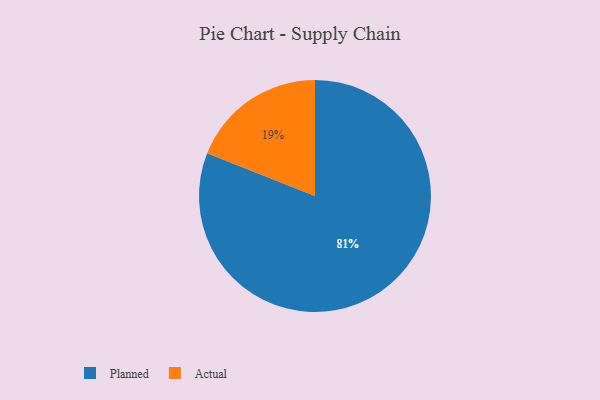
{"axis": {"x": "Category", "y": "Percentage"}, "legend": ["Actual", "Planned"], "data": [{"x": "Actual", "y": 19, "type": "Actual"}, {"x": "Planned", "y": 81, "type": "Planned"}]}